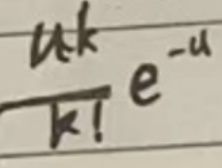
\frac{u^{k}}{k!}e^{-u}